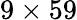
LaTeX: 9\times 59